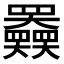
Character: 𡚤